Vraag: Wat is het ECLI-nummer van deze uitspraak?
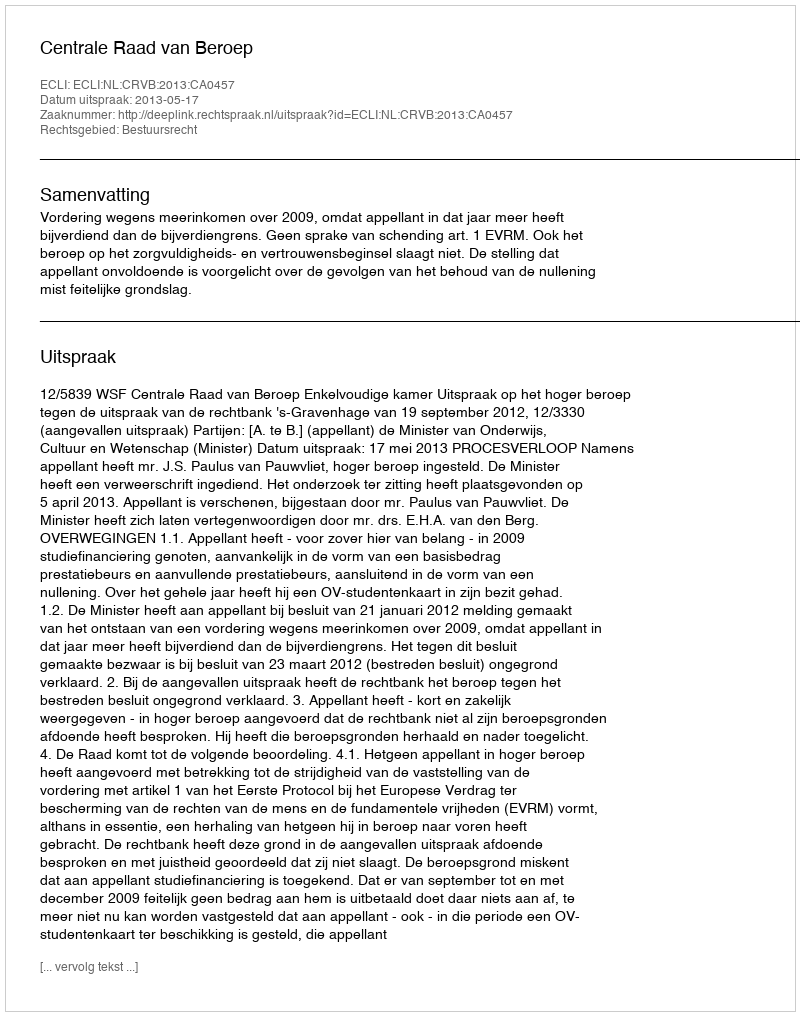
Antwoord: ECLI:NL:CRVB:2013:CA0457